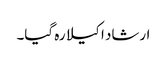
ارشاد اکیلا رہ گیا۔